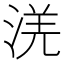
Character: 㳾